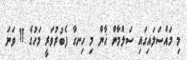
މި މައްސަލައިގައި ސަލްމާން ޚާން މި ހިނގާ ފެބުރުވަރީ މަހުގެ 11 ވަނަ